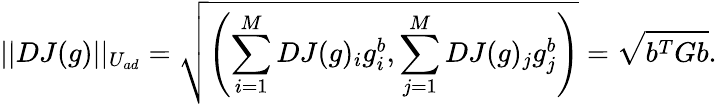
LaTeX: ||DJ(g)||_{U_{ad}}=\sqrt{\left(\sum_{i=1}^{M}DJ(g)_{i}g_{i}^{b},\sum_{j=1}^{M}DJ(g)_{j}g_{j}^{b}\right)}=\sqrt{b^{T}Gb}.